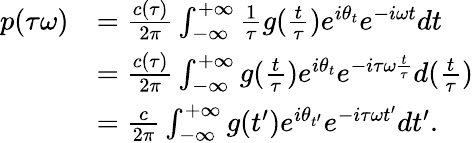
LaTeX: \begin{array}{rl}{p(\tau\omega)}&{=\frac{c(\tau)}{2\pi}\int_{-\infty}^{+\infty}\frac{1}{\tau}g(\frac{t}{\tau})e^{i\theta_{t}}e^{-i\omega t}dt}\\ &{=\frac{c(\tau)}{2\pi}\int_{-\infty}^{+\infty}g(\frac{t}{\tau})e^{i\theta_{t}}e^{-i\tau\omega\frac{t}{\tau}}d(\frac{t}{\tau})}\\ &{=\frac{c}{2\pi}\int_{-\infty}^{+\infty}g(t^{\prime})e^{i\theta_{t^{\prime}}}e^{-i\tau\omega t^{\prime}}dt^{\prime}.}\end{array}